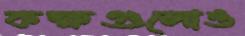
কক্ষগুলোও